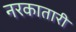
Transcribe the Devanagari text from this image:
नरकातारी